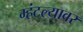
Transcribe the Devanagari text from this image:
म्हंटल्यावर